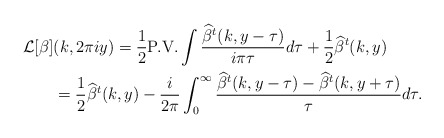
\begin{align*}\mathcal{L}[\beta]&(k,2\pi i y) = \frac{1}{2}\textrm{P.V.}\int \frac{\widehat{\beta}^t(k,y-\tau)}{i \pi \tau}d\tau + \frac{1}{2}\widehat{\beta}^t(k,y)\\&=\frac{1}{2}\widehat{\beta}^t(k,y) - \frac{i}{2\pi}\int_{0}^{\infty}\frac{\widehat{\beta}^t(k,y-\tau)-\widehat{\beta}^t(k,y+\tau)}{\tau}d\tau.\end{align*}